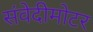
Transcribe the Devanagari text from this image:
संवेदीमोटर